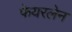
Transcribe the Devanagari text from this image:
फेयरलेन